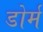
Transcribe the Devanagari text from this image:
डोर्म